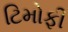
ટિમોફી